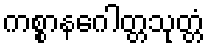
ကစ္စာနဂေါတ္တသုတ္တံ